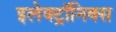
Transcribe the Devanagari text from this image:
इलेक्ट्राॅनिक्स